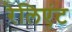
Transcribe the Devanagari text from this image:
रेलिएंट